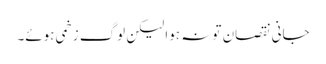
جانی نقصان تو نہ ہوا لیکن لوگ زخمی ہوئے۔